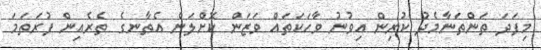
މިފަދަ ތަންތަނާމެދު ކުރިން އިވުނު ވާހަކަތައް ވަޒަން ކޮށްލަން އެތާނގެ ތެރެއިން ފުރަތަމަ